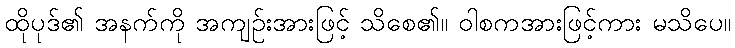
ထိုပုဒ်၏ အနက်ကို အကျဉ်းအားဖြင့် သိစေ၏။ ဝါစကအားဖြင့်ကား မသိပေ။